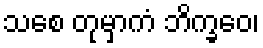
သစေ တုမှာကံ ဘိက္ခဝေ၊